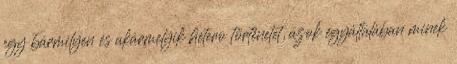
egy bármilyen és akármelyik hetero történetet, azok egyáltalában minek